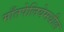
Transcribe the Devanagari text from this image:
माँतपेलियेमधील